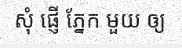
សុំ ផ្ញើ ភ្នែក មួយ ឲ្យ